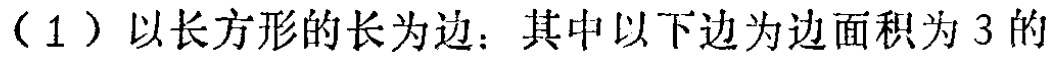
（1）以长方形的长为边：其中以下边为边面积为 3 的